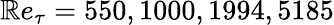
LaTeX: \mathbb{R}e_{\tau}=550,1000,1994,5185